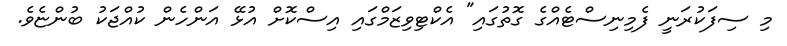
މި ސިފަކުރަނީ ފެމިނިސްޓެއްގެ ގޮތުގައި" އެކްޓިވިޒަމްގައި އިސްކޮށް އުޅޭ އަންހެން ކުއްޖަކު ބުންޏެވެ.